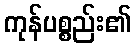
ကုန်ပစ္စည်း၏